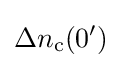
\Delta n_{\text{c}}(0')